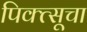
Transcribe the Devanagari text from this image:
पिक्त्सूचा